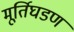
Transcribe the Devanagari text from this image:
मूर्तिघडण